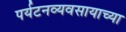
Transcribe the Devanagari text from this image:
पर्यटनव्यवसायाच्या